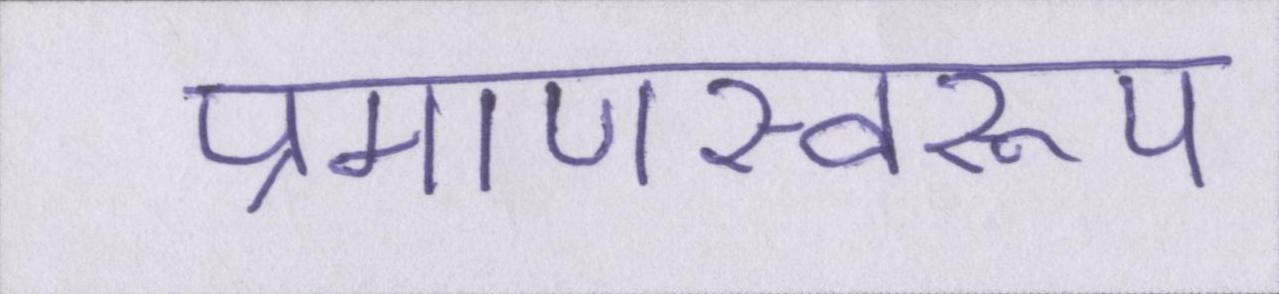
प्रमाणस्वरूप